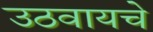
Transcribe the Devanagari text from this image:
उठवायचे